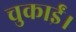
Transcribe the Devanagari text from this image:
चुकाईं।